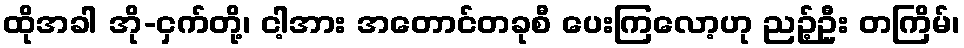
ထိုအခါ အို-ငှက်တို့၊ ငါ့အား အတောင်တခုစီ ပေးကြလော့ဟု ညဉ့်ဦး တကြိမ်၊